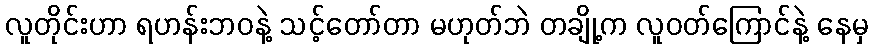
လူတိုင်းဟာ ရဟန်းဘဝနဲ့ သင့်တော်တာ မဟုတ်ဘဲ တချို့က လူဝတ်ကြောင်နဲ့ နေမှ